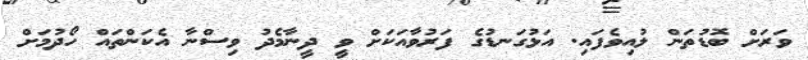
ވަރަށް ބޮޑުތަން ލުއިވެފައި. އަޅުގަނޑުގެ ފަރުވާއަކަށް ވީ ދީނާމެދު ވިސްނާ އެކަންތައް ހޯދުމަށް